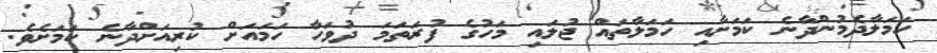
ހަމަލާދެމުންދާނެ ކަމަށާއި ހަމަލާތައް ޖުލައި މަހުގެ ފުރަތަމަ ދުވަހާ ހަމައަށް ކުރިއަށްދާނެ ކަމަށެވެ.